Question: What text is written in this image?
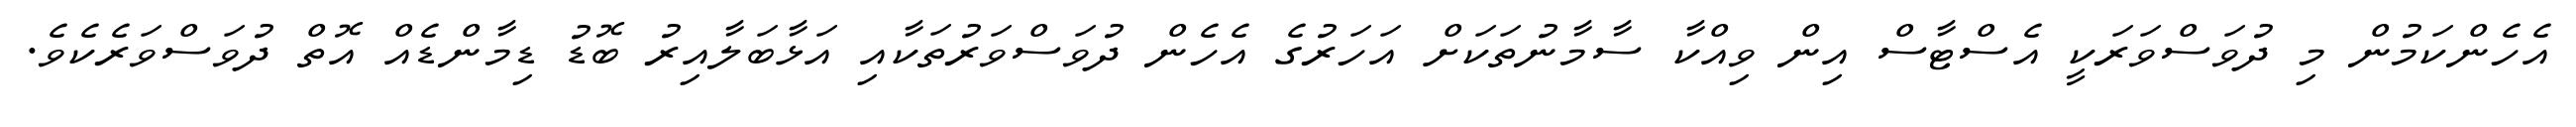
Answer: އެހެންކަމުން މި ދުވަސްވަރަކީ އެސްޓާސް އިން ވިއްކާ ސާމާނުތަކަށް އަހަރުގެ އެހެން ދުވަސްވަރުތަކާއި އަޅާބަލާއިރު ބޮޑު ޑިމާންޑެއް އޮތް ދުވަސްވަރެކެވެ.